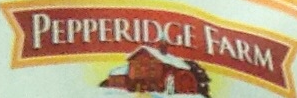
PEPPERIDGE FARM